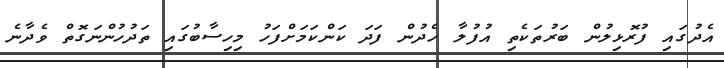
އެދުގައި ފުރޮޅިލުން ބަރުތަކެތި އުފުލާ ހެދުން ފަދަ ކަންކަމަށްފަހު މިހިސާބުގައި ތަދުހުންނަގޮތް ވެދާނެ